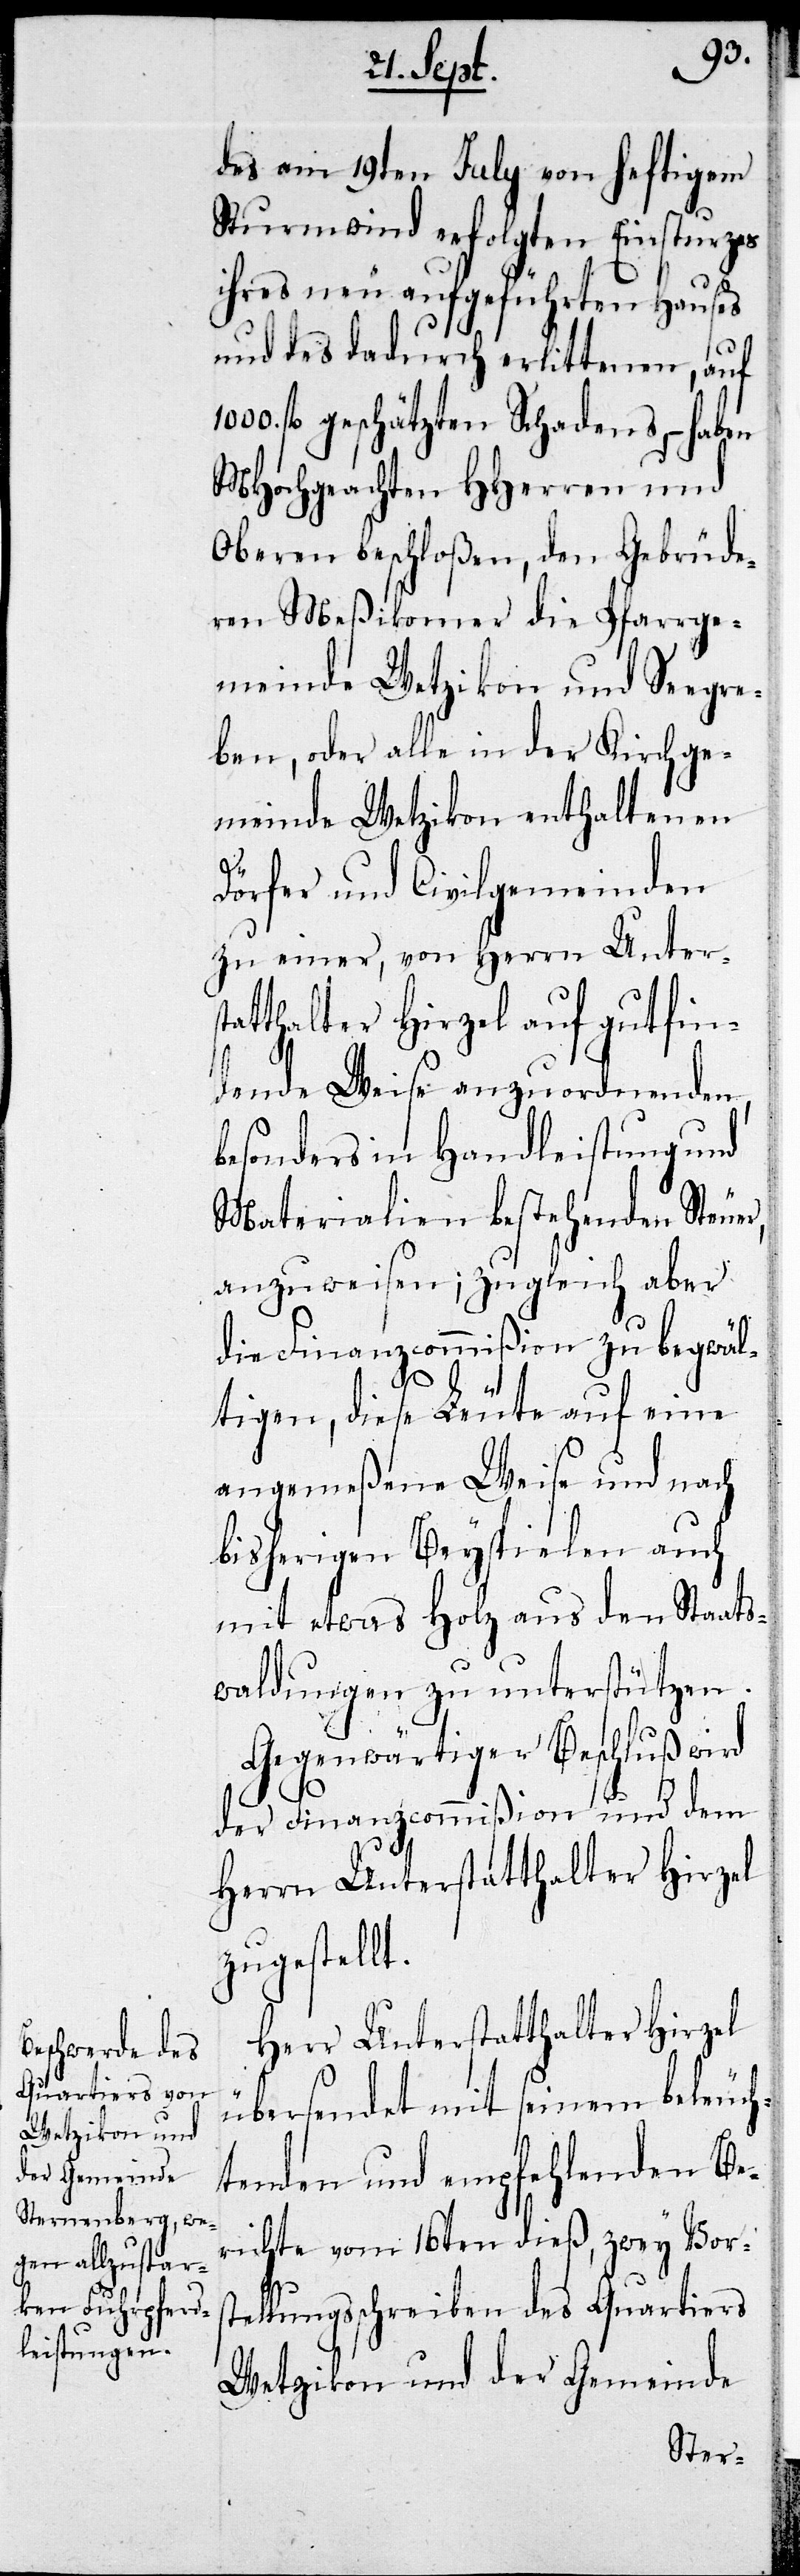
des am 19ten July von heftigem
Sturmwind erfolgten Einsturzes
ihres neu aufgeführten Hauses
und der dadurch erlittenen, auf
fl geschätzten Schadens, – haben
MHochgeachten HHerren und
Oberen beschloßen, den Gebrüde¬
ren Meßikomer die Pfarrge¬
meinde Wetzikon und Seegre¬
ben, oder alle in der Kirchge¬
meinde Wetzikon enthaltenen
Dörfer und Civilgemeinden
zu einer, von Herrn Unters¬
tatthalter Hirzel auf gutfin¬
dende Weise anzuordnenden,
besonders in Handleistung und
Materialien bestehenden Steuer,
anzuweisen; zugleich aber
die Finanzcommißion zu begwäl¬
tigen, diese Leute auf eine
angemeßenen Weise und nach
bisherigen Beyspielen auch
mit etwas Holz aus den Staats¬
waldungen zu unterstützen.
Gegenwärtiger Beschluß wird
der Finanzcommißion und dem
Herrn Unterstatthalter Hirzel
zugestellt.
Herr Unterstatthalter Hirzel
übersendet mit seinem beleuch¬
tenden und empfehlenden Be¬
richte vom 16ten dieß, zwey Vorst¬
ellungsschreiben des Quartiers
Wetzikon und der Gemeinde